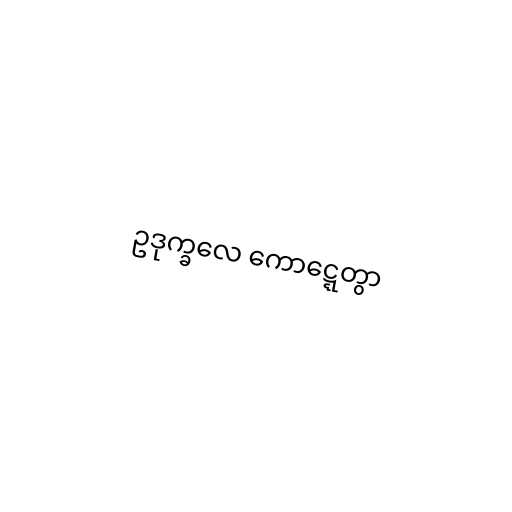
ဥဒုက္ခလေ ကောဋ္ဋေတွာ